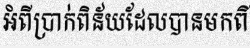
អំពីប្រាក់ពិន័យដែលបានមកពី